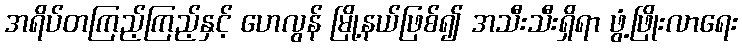
အရိပ်တကြည့်ကြည့်နှင့် ဟေလွန် မြို့နယ်ဖြစ်၍ အသီးသီးရှိရာ ဖွံ့ဖြိုးလာရေး